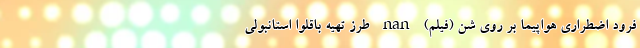
فرود اضطراری هواپیما بر روی شن (فیلم) nan طرز تهیه باقلوا استانبولی